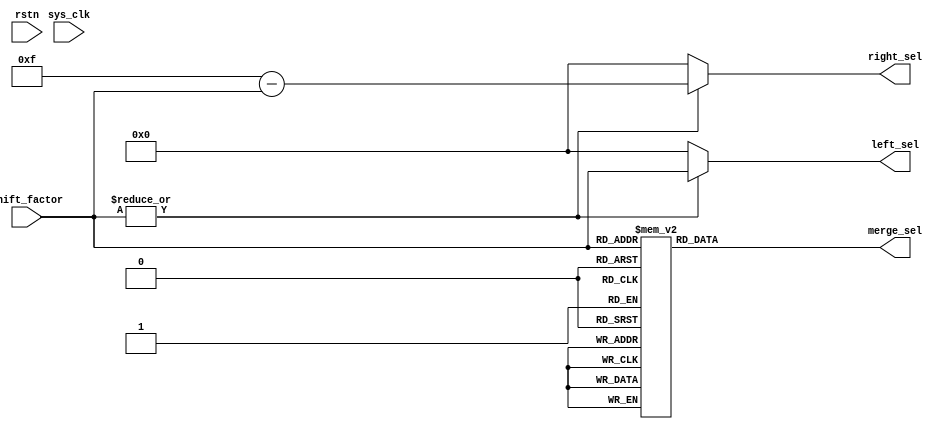
module qsn_controller_len15 #(
	parameter [$clog2(15)-1:0] PERMUTATION_LENGTH = 15
) (
	output wire [3:0] left_sel,
	output wire [3:0] right_sel,
	output wire [13:0] merge_sel,
	input wire [3:0] shift_factor,
	input wire rstn,
	input wire sys_clk
);

	wire shifter_nonzero;
	assign shifter_nonzero = (|shift_factor[3:0]);

	assign left_sel[3:0] = (shifter_nonzero == 1'b1) ? shift_factor[3:0] : 0;
	assign right_sel[3:0] = (shifter_nonzero == 1'b1) ? 15-shift_factor[3:0] : 0;
	assign merge_sel[13:0] = f(shift_factor[3:0]);
	function [13:0] f(input [3:0] shift_in);
		case(shift_in[3:0])
			1	:	 f[13:0] = 14'b11111111111111;
			2	:	 f[13:0] = 14'b01111111111111;
			3	:	 f[13:0] = 14'b00111111111111;
			4	:	 f[13:0] = 14'b00011111111111;
			5	:	 f[13:0] = 14'b00001111111111;
			6	:	 f[13:0] = 14'b00000111111111;
			7	:	 f[13:0] = 14'b00000011111111;
			8	:	 f[13:0] = 14'b00000001111111;
			9	:	 f[13:0] = 14'b00000000111111;
			10	:	 f[13:0] = 14'b00000000011111;
			11	:	 f[13:0] = 14'b00000000001111;
			12	:	 f[13:0] = 14'b00000000000111;
			13	:	 f[13:0] = 14'b00000000000011;
			14	:	 f[13:0] = 14'b00000000000001;
			default	:	f[13:0] = 0;
		endcase // shift_factor
	endfunction
endmodule